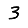
Digit: 3